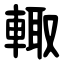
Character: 輙